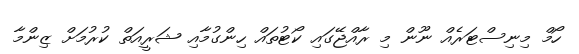
ހޯމް މިނިސްޓަރެއް ނޫން މި ރާއްޖޭގައި ކޯޓުތައް ހިންގުމާއި ޝަރީއަތް ކުރުމަށް ޒިންމާ